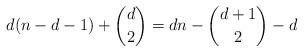
LaTeX: \begin{align*} d(n-d-1)+\binom{d}{2}= dn-\binom{d+1}{2}-d\end{align*}